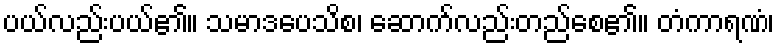
ပယ်လည်းပယ်၏။ သမာဒပေသိစ၊ ဆောက်လည်းတည်စေ၏။ တံကာရဏံ၊